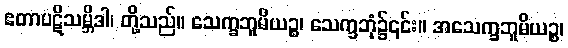
ဧတာပဋိသမ္ဘိဒါ၊ တို့သည်။ သေက္ခဘူမိယဉ္စ၊ သေက္ခဘုံ၌၎င်း။ အသေက္ခဘူမိယဉ္စ၊